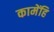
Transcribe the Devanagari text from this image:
कामेंहि